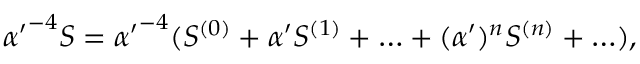
{ { \alpha ^ { \prime } } ^ { - 4 } S = { \alpha ^ { \prime } } ^ { - 4 } ( S ^ { ( 0 ) } + { \alpha ^ { \prime } } S ^ { ( 1 ) } + \ldots + ( \alpha ^ { \prime } ) ^ { n } S ^ { ( n ) } + \ldots ) , }